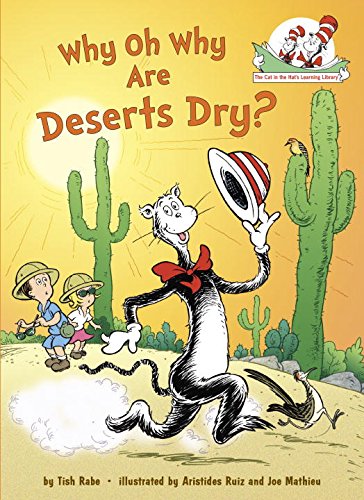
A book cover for Why Oh Why Are Deserts Dry?: All About Deserts (Cat in the Hat's Learning Library); Tish Rabe; Children's Books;